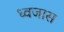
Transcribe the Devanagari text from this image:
ध्वजास